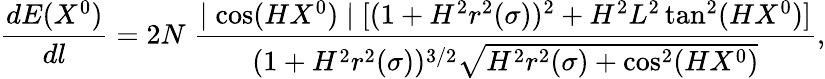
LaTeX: \frac{dE(X^{0})}{dl}=2N\; \frac{\mid\cos(HX^{0})\mid[(1+H^{2}r^{2}(\sigma))^{2}+H^{2}L^{2}\tan^{2}(HX^{0})]}{(1+H^{2}r^{2}(\sigma))^{3/2}\sqrt{H^{2}r^{2}(\sigma)+\cos^{2}(HX^{0})}},